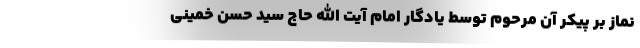
نماز بر پیکر آن مرحوم توسط یادگار امام آیت الله حاج سید حسن خمینی